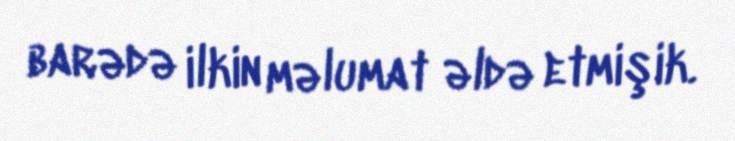
barədə ilkin məlumat əldə etmişik.